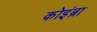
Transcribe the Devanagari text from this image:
कोइंब्रा